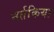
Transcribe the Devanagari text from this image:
नर्तकिया